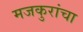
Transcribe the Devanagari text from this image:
मजकुरांचा